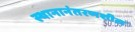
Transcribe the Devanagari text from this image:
स्थानानंतरणशील